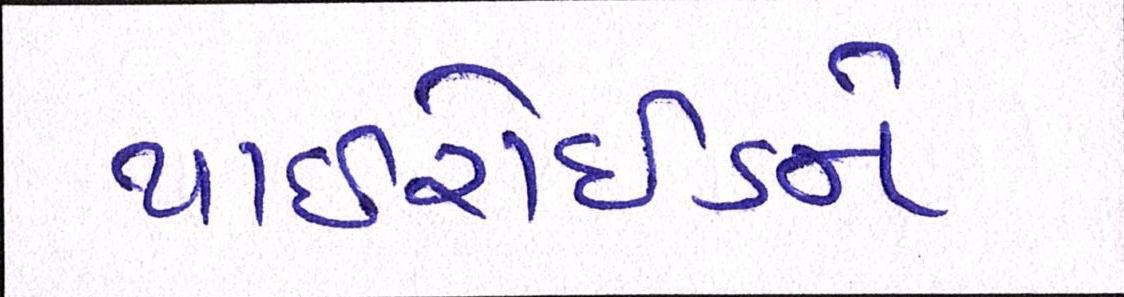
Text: થાઈરોઈડને